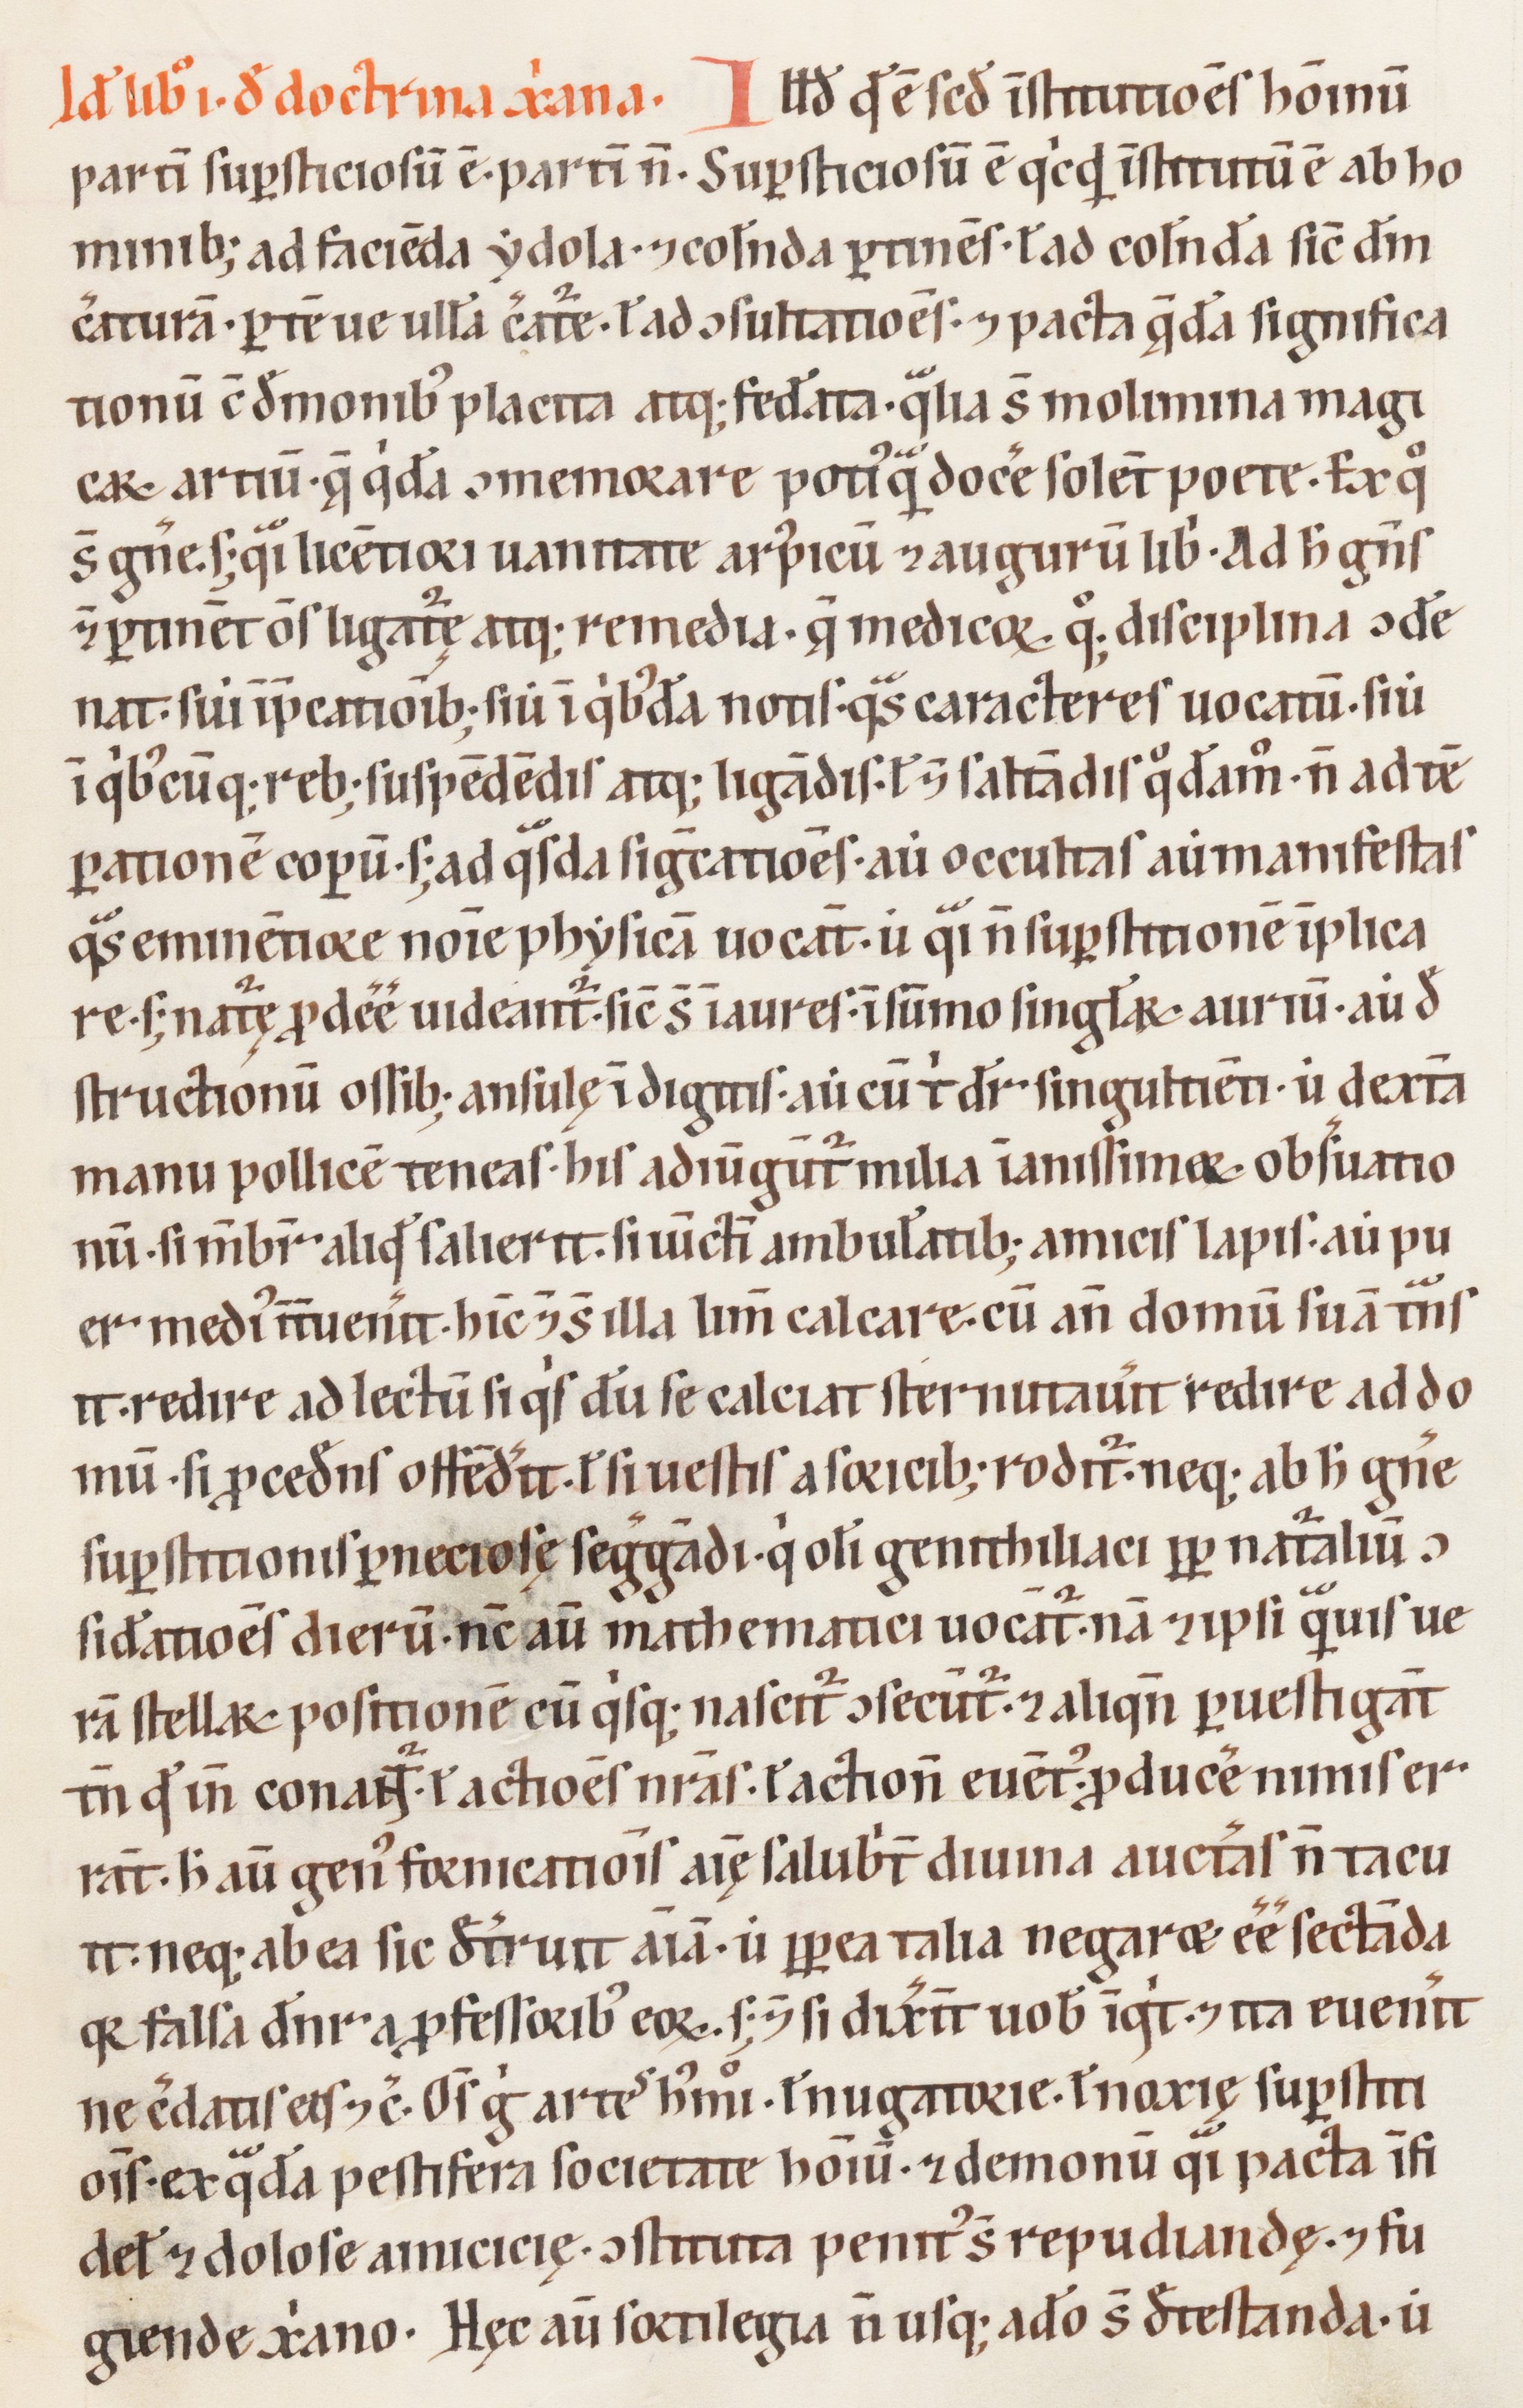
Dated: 1200–1299